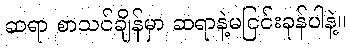
ဆရာ စာသင်ချိန်မှာ ဆရာနဲ့မငြင်းခုန်ပါနဲ့။